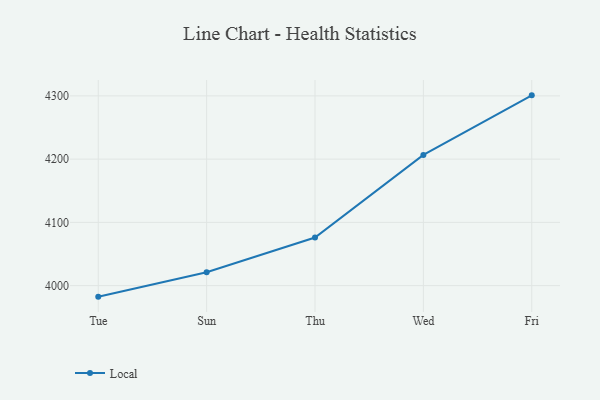
{"axis": {"x": "Day", "y": "Backlog"}, "legend": ["Local"], "data": [{"x": "Tue", "y": 3982.6, "type": "Local"}, {"x": "Sun", "y": 4021.3, "type": "Local"}, {"x": "Thu", "y": 4076.0, "type": "Local"}, {"x": "Wed", "y": 4206.6, "type": "Local"}, {"x": "Fri", "y": 4300.8, "type": "Local"}]}